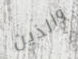
والذين